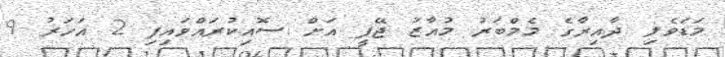
މަޑަވެލި ދާއިރާގެ މެމްބަރު މުއާޒު ޖޭޕީ އަަށް ސޮއިކުރައްވައިފި 2 އަހަރު 9